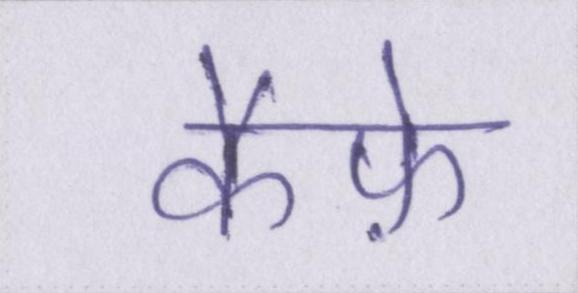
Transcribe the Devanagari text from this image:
कैफ़े